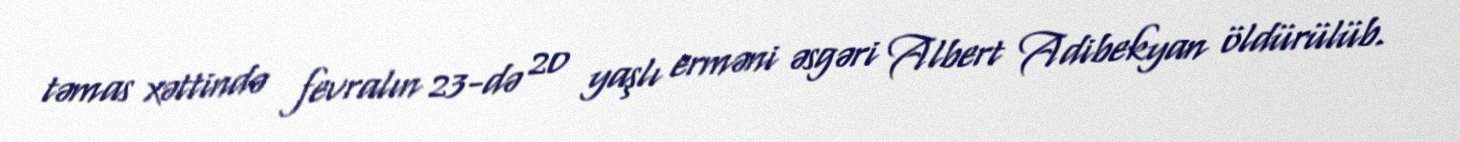
təmas xəttində fevralın 23-də 20 yaşlı erməni əsgəri Albert Adibekyan öldürülüb.